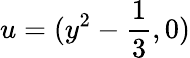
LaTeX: u=(y^{2}-\frac{1}{3},0)